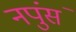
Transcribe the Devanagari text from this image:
नपुंसं